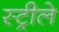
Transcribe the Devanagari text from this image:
स्ट्रीले